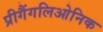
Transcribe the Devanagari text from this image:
प्रीगैंगलिओनिक